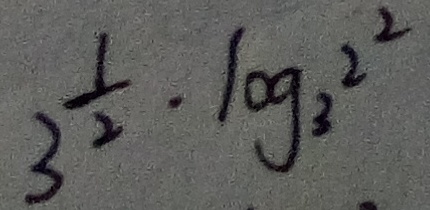
3 ^ { \frac { 1 } { 2 } } \cdot \log _ { 3 } ^ { 2 ^ { 2 } }